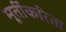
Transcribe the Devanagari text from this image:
मूर्तीकरिता